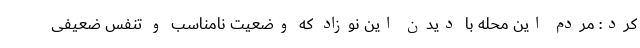
کرد: مردم این محله با دیدن این نوزاد که وضعیت نامناسب و تنفس ضعیفی